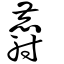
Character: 麝